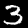
Label: 3